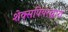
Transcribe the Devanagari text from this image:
शेक्सपियरद्वारा